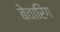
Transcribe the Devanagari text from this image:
बेवारिंग